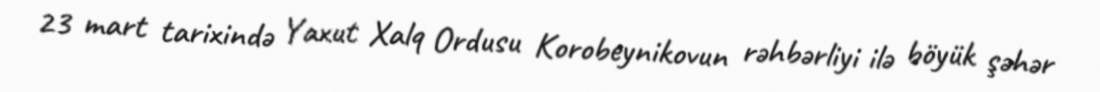
23 mart tarixində Yaxut Xalq Ordusu Korobeynikovun rəhbərliyi ilə böyük şəhər